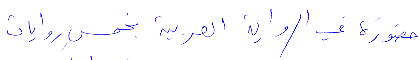
حضوره في الرواية العربية بخمس روايات